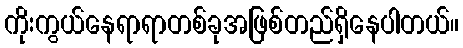
ကိုးကွယ်နေရာရာတစ်ခုအဖြစ်တည်ရှိနေပါတယ်။